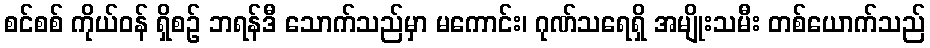
စင်စစ် ကိုယ်ဝန် ရှိစဉ် ဘရန်ဒီ သောက်သည်မှာ မကောင်း၊ ဂုဏ်သရေရှိ အမျိုးသမီး တစ်ယောက်သည်